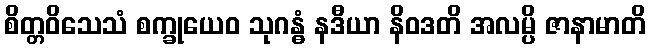
စိတ္တဝိသေသံ စက္ခုယေဝ သုဂန္ဓံ နဒီယာ နိဝဒတိ အလမ္ပိ ဇာနာမာတိ